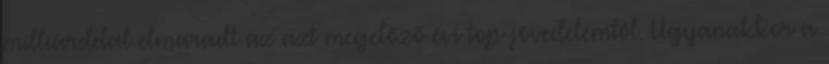
milliárddal elmaradt az azt megelőző évi top-jövedelemtől. Ugyanakkor a